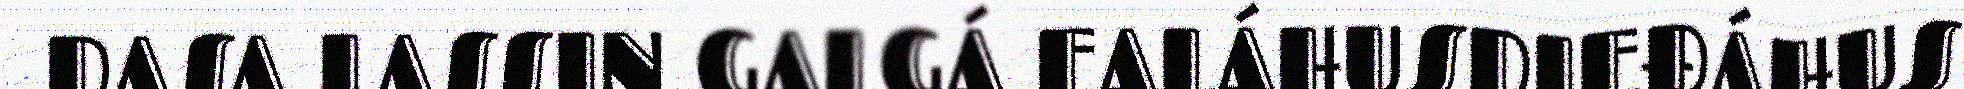
DASA LASSIN GALGÁ EALÁHUSDIEĐÁHUS